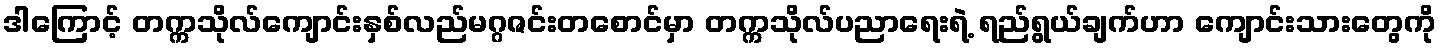
ဒါကြောင့် တက္ကသိုလ်ကျောင်းနှစ်လည်မဂ္ဂဇင်းတစောင်မှာ တက္ကသိုလ်ပညာရေးရဲ့ ရည်ရွယ်ချက်ဟာ ကျောင်းသားတွေကို